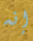
إنه